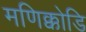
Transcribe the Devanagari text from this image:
मणिक्कोडि